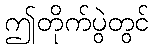
ဤတိုက်ပွဲတွင်